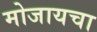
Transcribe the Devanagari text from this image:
मोजायचा